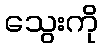
သွေးကို